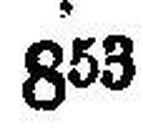
853